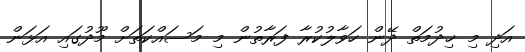
އަދި މި ޚިދުމަތް ދޭން ހަވާލުކުރާ ފަރާތުން މި މަސައްކަތަށް މޫދުގައި އަޅަން